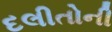
દલીતોની